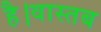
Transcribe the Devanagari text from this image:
है।वास्तब